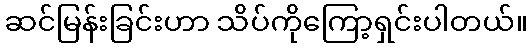
ဆင်မြန်းခြင်းဟာ သိပ်ကိုကြော့ရှင်းပါတယ်။